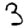
Digit: 3